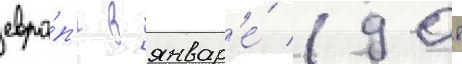
евро́п'е в январ'е́ 1908